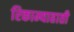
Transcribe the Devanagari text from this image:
रिकाम्याहाती